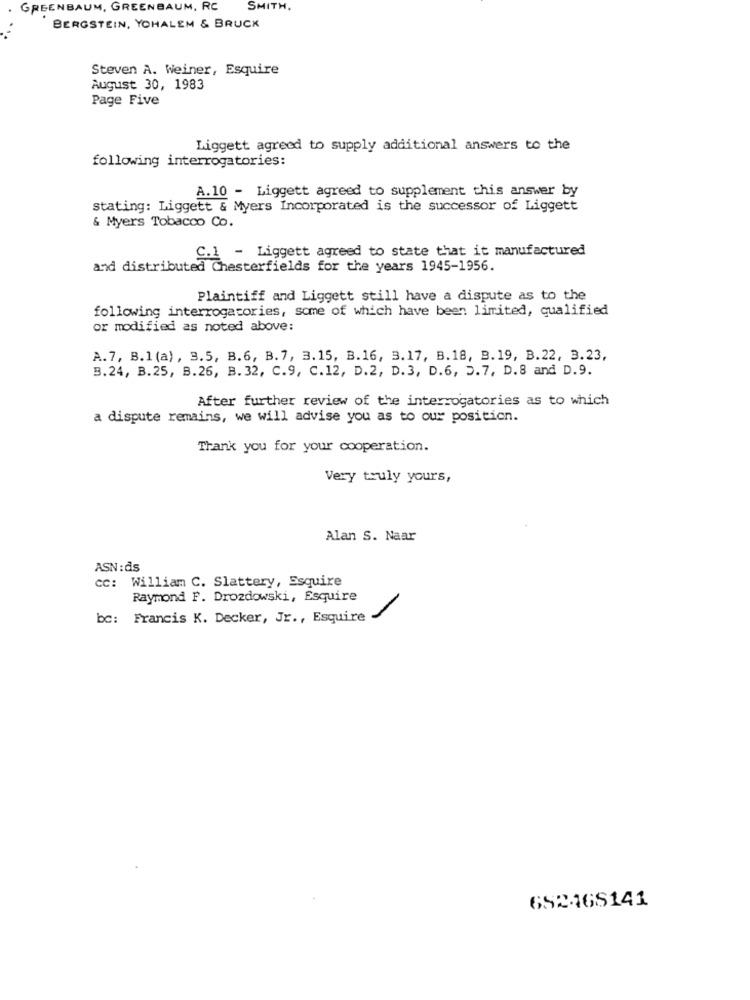
GREENBAUM, GREENBAUM, RC
SMITH.
BERGSTEIN, YOHALEM & BRUCK
Steven A. Weiner, Esquire
August 30, 1983
Page Five
Liggett agreed to supply additional answers to the
following interrogatories:
A.10 - Liggett agreed to supplement this answer by
stating: Liggett & Myers Incorporated is the successor of Liggett
& Myers Tobacco Co.
C.1 - Liggett agreed to state that it manufactured
and distributed Chesterfields for the years 1945-1956.
Plaintiff and Liggett still have a dispute as to the
following interrogatories, some of which have been limited, qualified
or modified as noted above:
A.7, B.1 (a) , 3.5, B.6, B. 7, 3.15, B.16, 3.17, B.18, B.19, B.22, 3.23,
B.24, B.25, B.26, B. 32, C.9, C.12, D.2, D. 3, D.6, 5.7, D.8 and D.9.
After further review of the interrogatories as to which
a dispute remains, we will advise you as to our position.
Thank you for your cooperation.
Very truly yours,
Alan S. Naar
ASN: ds
cc: William C. Slattery, Esquire
Raymond F. Drozdowski, Esquire
bc: Francis K. Decker, Jr ., Esquire
652468141